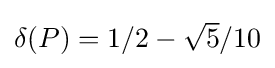
{\textstyle \delta (P)=1/2-{\sqrt {5}}/10}